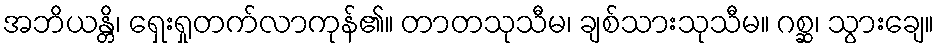
အဘိယန္တိ၊ ရှေးရှုတက်လာကုန်၏။ တာတသုသီမ၊ ချစ်သားသုသီမ။ ဂစ္ဆ၊ သွားချေ။